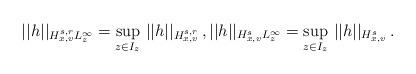
LaTeX: \begin{align*} ||h||_{H_{x,v}^{s,r} L_z^{\infty}}=\sup_{z\in I_z}\, ||h||_{H_{x,v}^{s,r}}\,, ||h||_{H_{x,v}^s L_z^{\infty}}=\sup_{z\in I_z}\, ||h||_{H_{x,v}^s}\,. \end{align*}